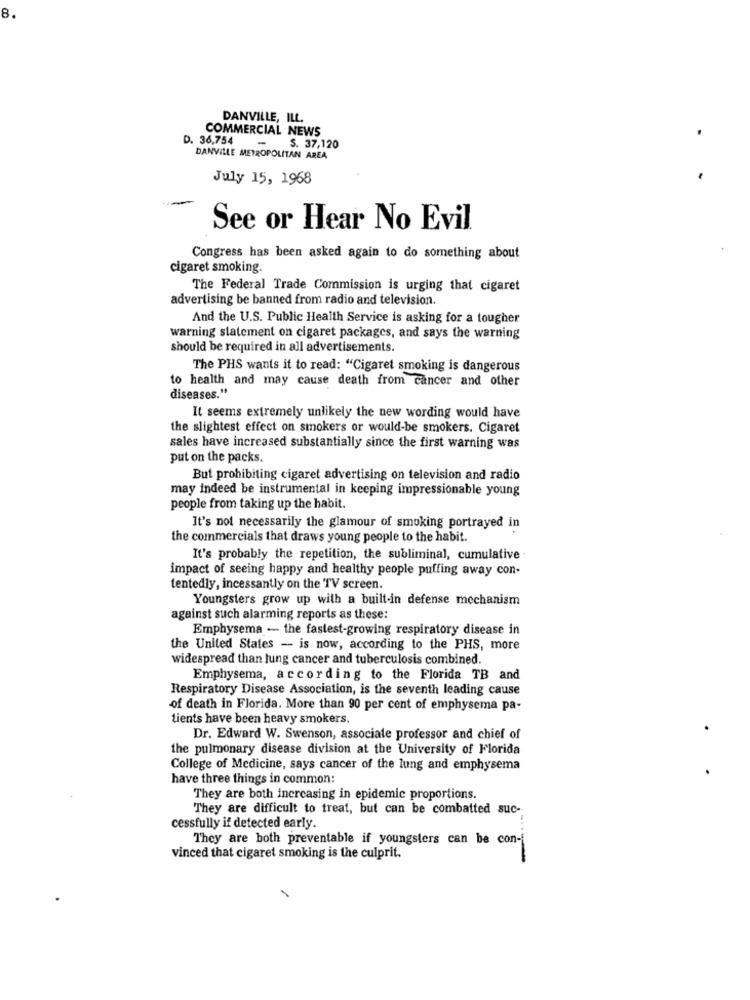
8.
DANVILLE, ILL.
COMMERCIAL NEWS
D. 36,754
S. 37,120
DANVILLE METROPOLITAN AREA
July 15, 1968
See or Hear No Evil
Congress has been asked again to do something about
cigaret smoking.
The Federal Trade Commission is urging that cigaret
advertising be banned from radio and television.
And the U.S. Public Health Service is asking for a tougher
warning statement on cigaret packages, and says the warning
should be required in all advertisements.
The PHS wants it to read: "Cigaret smoking is dangerous
to health and may cause death from cancer and other
diseases."
It seems extremely unlikely the new wording would have
the slightest effect on smokers or would-be smokers. Cigaret
sales have increased substantially since the first warning was
put on the packs.
But prohibiting cigaret advertising on television and radio
may indeed be instrumental in keeping impressionable young
people from taking up the habit.
It's not necessarily the glamour of smoking portrayed in
the commercials that draws young people to the habit.
It's probably the repetition, the subliminal, cumulative
impact of seeing happy and healthy people puffing away con-
tentedly, incessantly on the TV screen
Youngsters grow up with a built-in defense mechanism
against such alarming reports as these:
Emphysema - the fastest-growing respiratory disease in
the United States - is now, according to the PHS, more
widespread than lung cancer and tuberculosis combined.
Emphysema, according to the Florida TB and
Respiratory Disease Association, is the seventh leading cause
of death in Florida. More than 90 per cent of emphysema pa-
tients have been heavy smokers.
Dr. Edward W. Swenson, associate professor and chief of
the pulmonary disease division at the University of Florida
College of Medicine, says cancer of the lung and emphysema
have three things in common:
They are both increasing in epidemic proportions.
They are difficult to treat, but can be combatted suc-
cessfully if detected early.
They are both preventable if youngsters can be con-
vinced that cigaret smoking is the culprit.